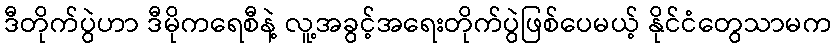
ဒီတိုက်ပွဲဟာ ဒီမိုကရေစီနဲ့ လူ့အခွင့်အရေးတိုက်ပွဲဖြစ်ပေမယ့် နိုင်ငံတွေသာမက